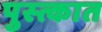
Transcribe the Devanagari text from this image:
पुस्त्कात